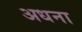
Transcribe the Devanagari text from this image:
अधना